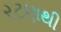
રટણથી